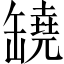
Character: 𦉗